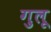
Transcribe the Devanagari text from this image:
गुलू